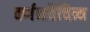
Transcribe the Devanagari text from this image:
वर्णनवैचित्र्य